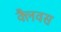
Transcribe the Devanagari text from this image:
क्लैवस